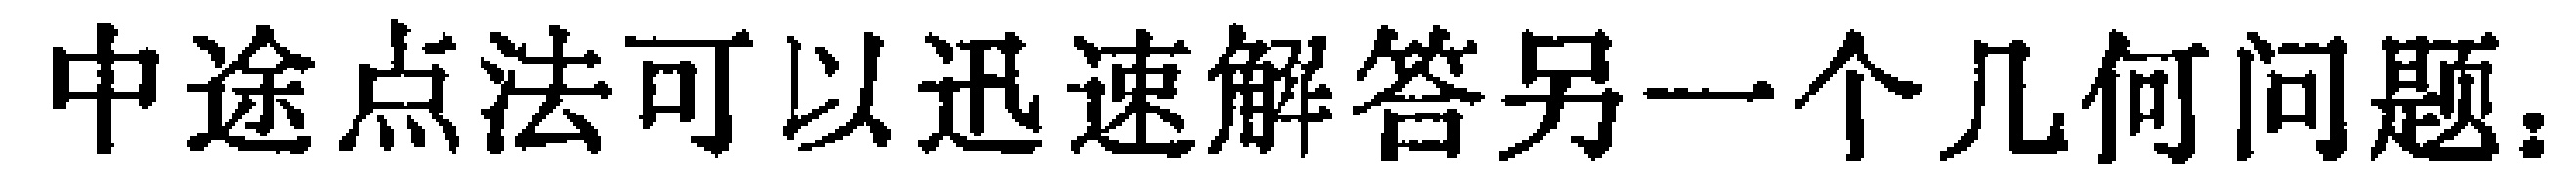
中途点法可以迅速解答另一个几何问题.